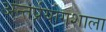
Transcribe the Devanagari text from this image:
अन्तर्प्रयोगशाला